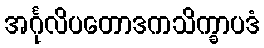
အင်္ဂုလိပတောဒကသိက္ခာပဒံ